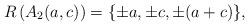
LaTeX: \begin{align*}R\left(A_2(a,c)\right) = \{\pm a, \pm c, \pm (a + c)\},\end{align*}